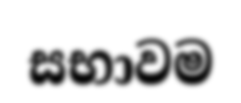
සභාවම